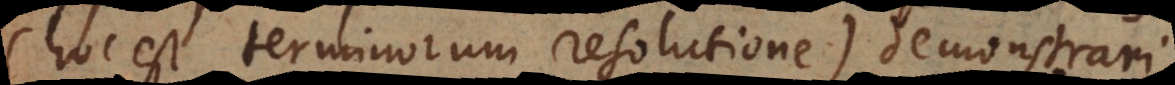
(hoc est terminorum resolutione) demonstrari